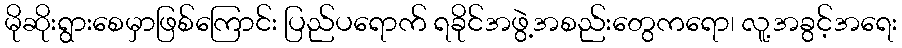
မိုဆိုးရွားစေမှာဖြစ်ကြောင်း ပြည်ပရောက် ရခိုင်အဖွဲ့အစည်းတွေကရော၊ လူ့အခွင့်အရေး